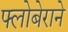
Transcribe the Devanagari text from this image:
फ्लोबेराने